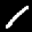
Label: 1